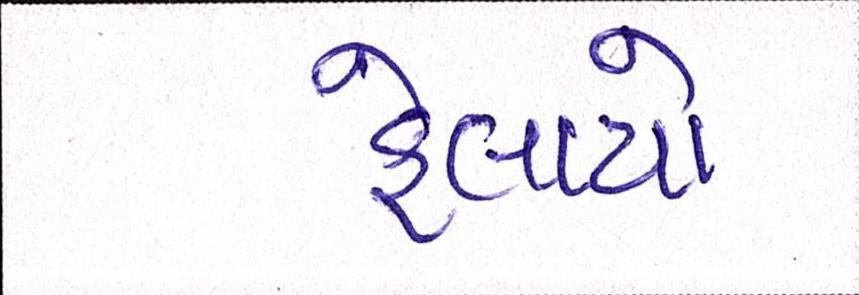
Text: ફેલાયો